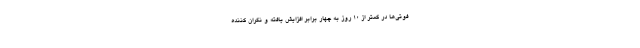
فوتی‌ها در کمتر از ۱۰ روز به چهار برابر افزایش یافته و نگران کننده